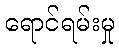
ရောင်ရမ်းမှု